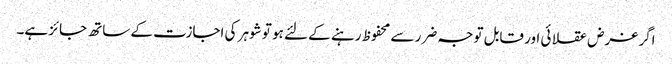
اگر غرض عقلا ئی اور قابل توجہ ضرر سے محفوظ رہنے کے لئے ہو تو شوہر کی اجازت کے ساتھ جائز ہے۔